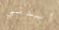
أسدني